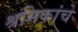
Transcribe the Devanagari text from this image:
श्रमिकांचे